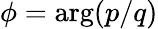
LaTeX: \phi=\arg(p/q)